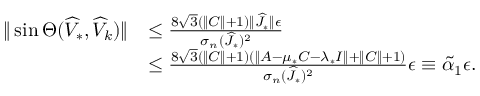
\begin{array} { r l } { \| \sin \Theta ( \widehat { V } _ { * } , \widehat { V } _ { k } ) \| } & { \leq \frac { 8 \sqrt { 3 } ( \| C \| + 1 ) \| \widehat { J } _ { * } \| \epsilon } { \sigma _ { n } ( \widehat { J } _ { * } ) ^ { 2 } } } \\ & { \leq \frac { 8 \sqrt { 3 } ( \| C \| + 1 ) ( \| A - \mu _ { * } C - \lambda _ { * } I \| + \| C \| + 1 ) } { \sigma _ { n } ( \widehat { J } _ { * } ) ^ { 2 } } \epsilon \equiv \widetilde { \alpha } _ { 1 } \epsilon . } \end{array}